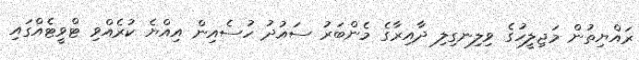
ރައްޔިތުން މަޖިލީހުގެ ވިލިނގިލި ދާއިރާގެ މެންބަރު ސައުދު ހުސެއިން އިއްޔެ ކުރެއްވި ޓްވީޓެއްގައި